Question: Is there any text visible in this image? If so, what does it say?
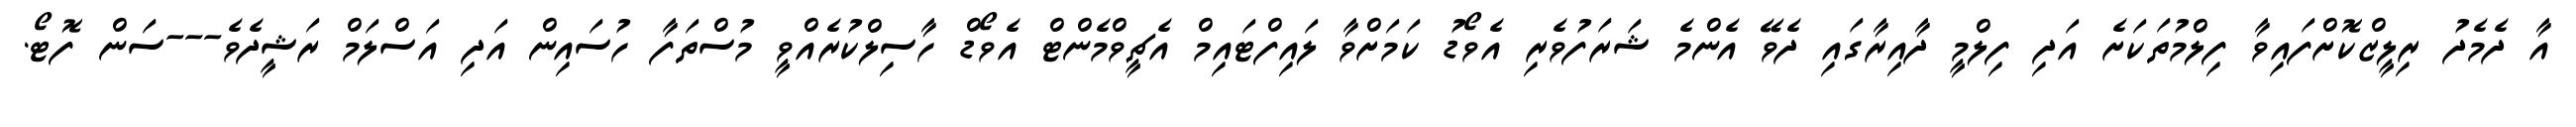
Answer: އާ ދެމެދު ރިލީޒްކޮށްފައިވާ ފިލްމުތަކަށެ އަދި ފިލްމީ ދާއިރާގައި ދެވޭ އެންމެ ޝަރަފުވެރި އެވޯޑު ކަމަށްވާ ލައިފްޓައިމް އެޗީވްމެންޓް އެވޯޑް ހާސިލްކުރެއްވީ މުސްތަފާ ހުސައިން އަދި އަސްލަމް ރަޝީދެވެ---ސަން ފޮޓޯ.